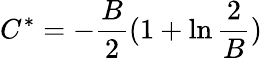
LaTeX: C^{*}=-\frac{B}{2}(1+\ln\frac{2}{B})